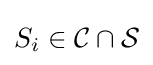
S_{i}\in {\mathcal {C}}\cap {\mathcal {S}}